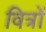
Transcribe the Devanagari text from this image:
वित्रों